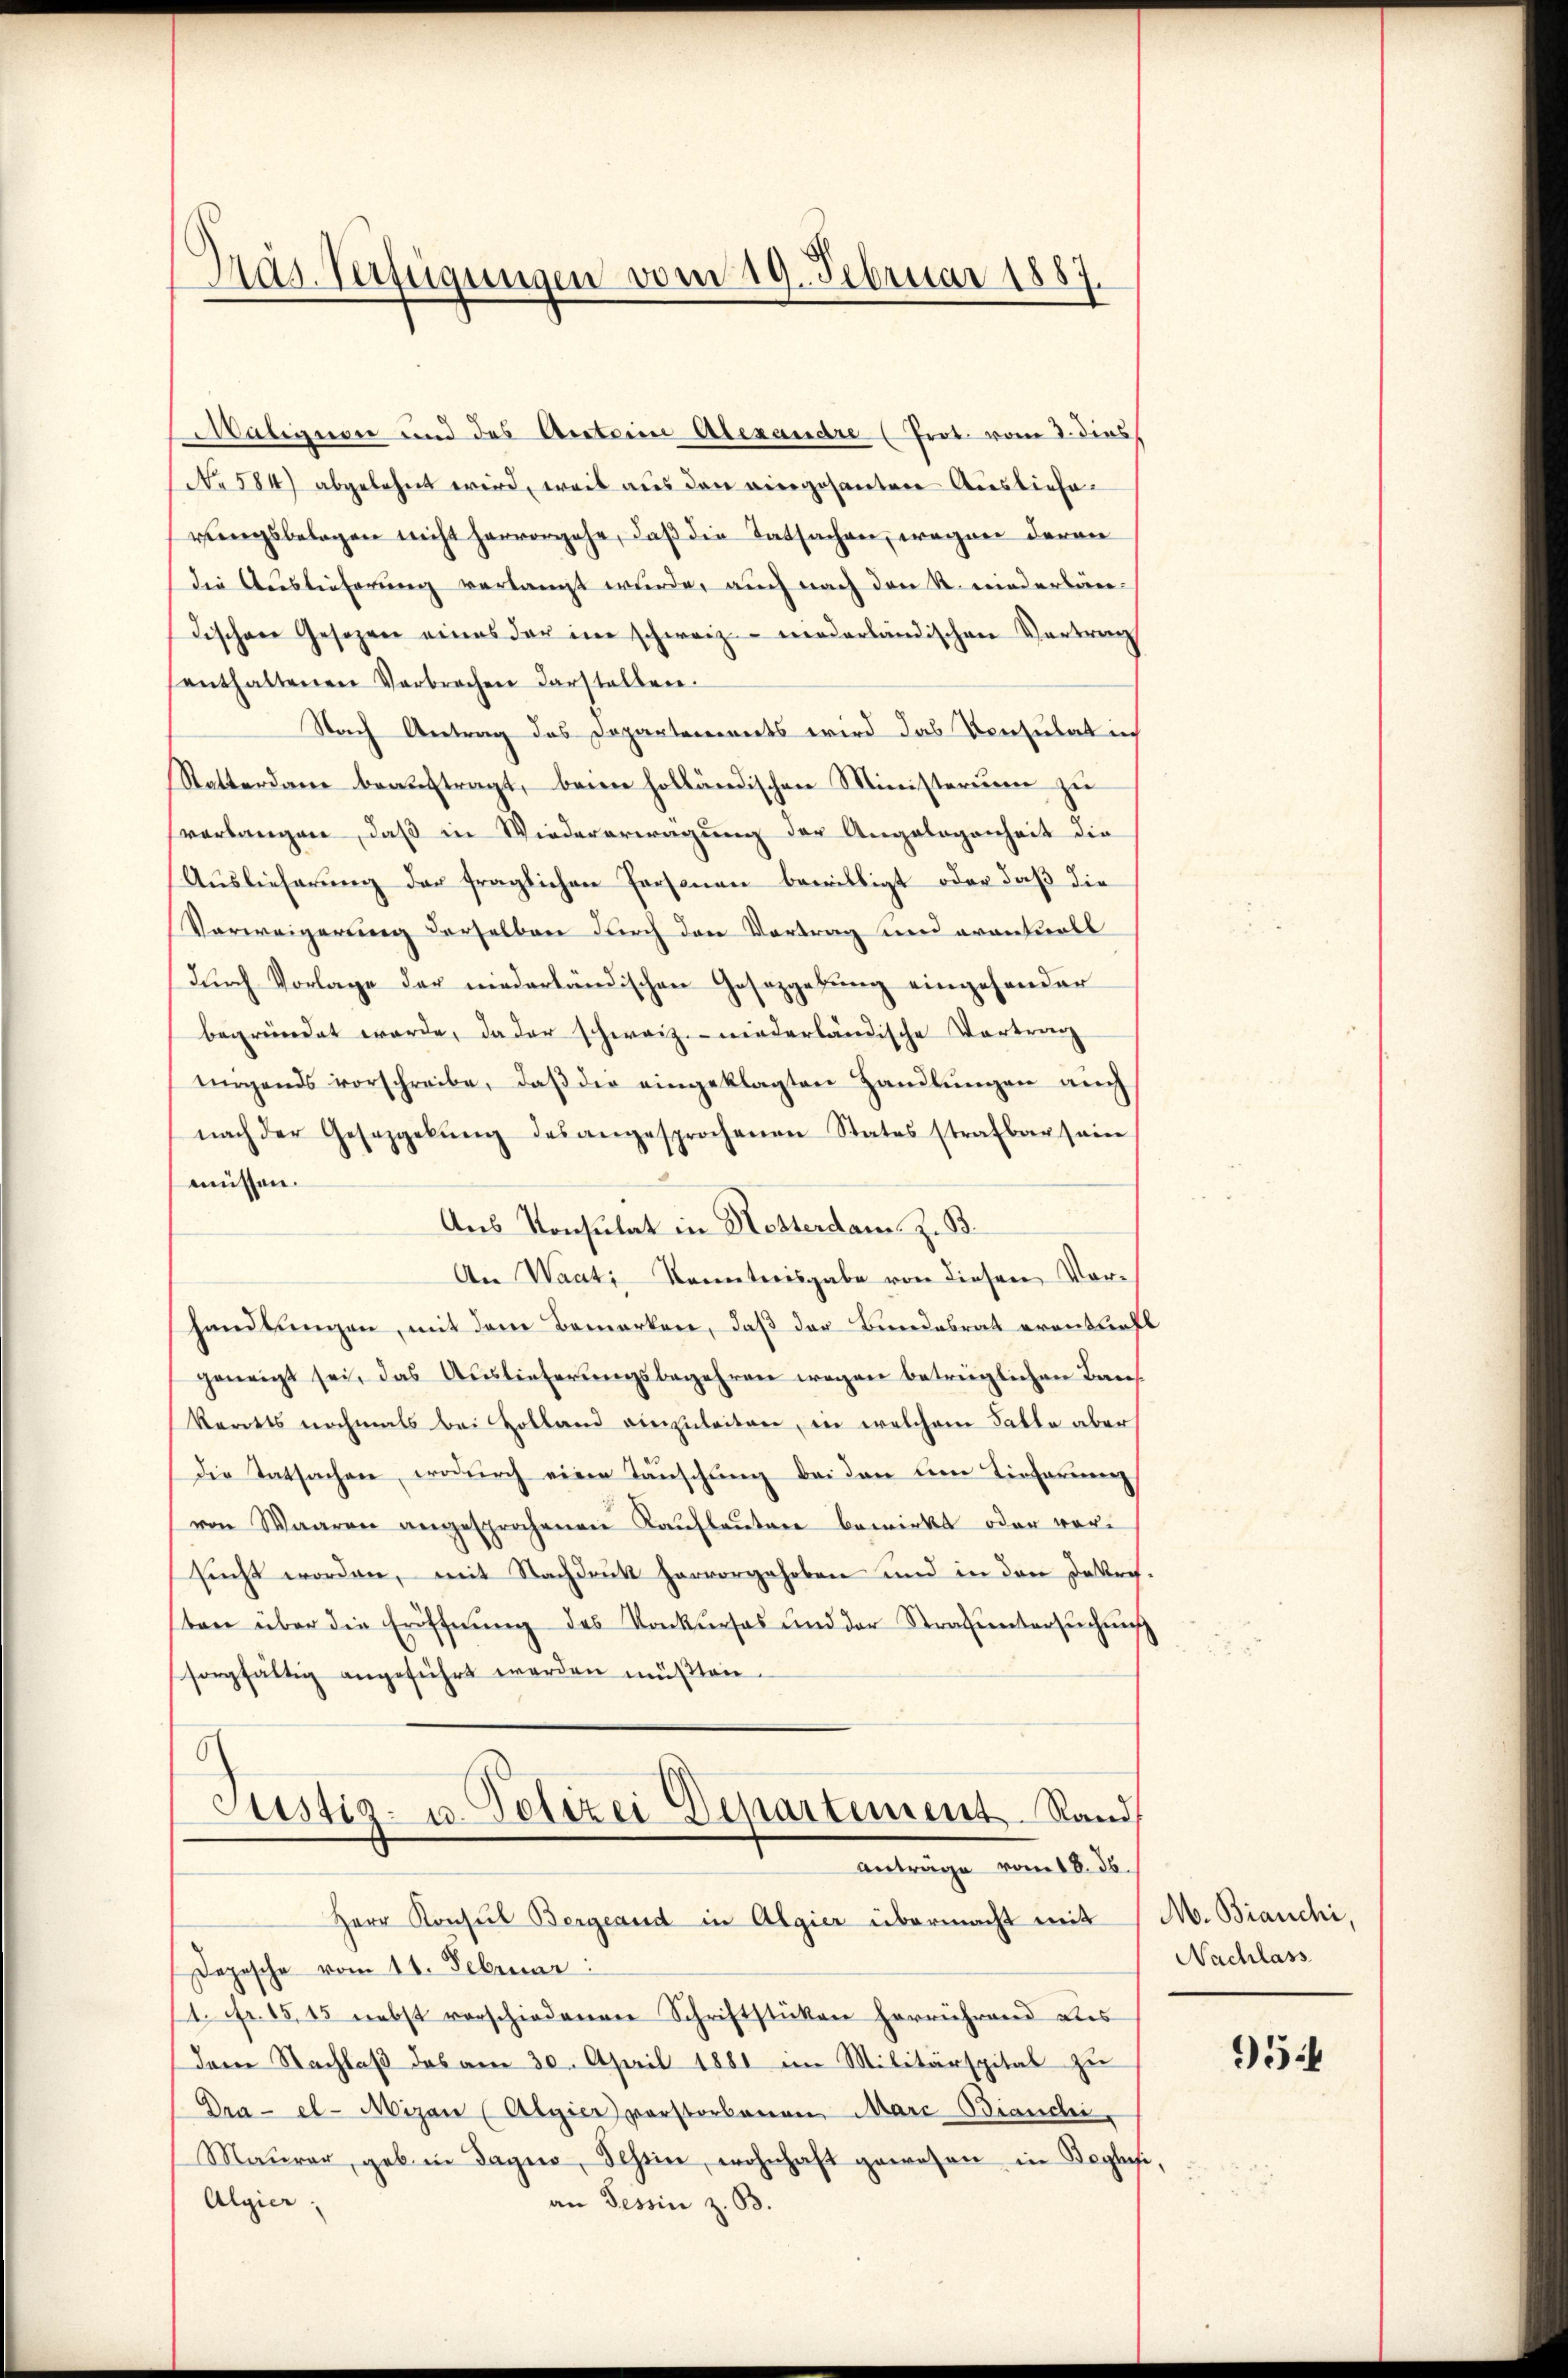
Pras. Verfügungen vom 19. Februar 1887.

Malignen und des Anteine Alexandre (Prot. vom 3. dies
No 584) abgelehnt wird, weil aus den viergesantere Auslieferungsbelagen nicht hervorgehe, daß die Tatsachen, wegen deren
die Auslieferung verlangt wurde, auch nach den R. niederländischen Gesezen eines der in schweiz moderländischen Vertrag
enthaltenen Verbrechen Darstellen.
Nach Antrag des Departements wird das Versulat ich
Ratterdame beauftragt, beim holländischen Ministerium zu
verlangen, daß in Wiedererwägung der Angelegenheit die
Auslieferung der fraglichen Personen bewilligt oder daß die
Verweigerung derselben durch den Vortrag und eventuell
durch Vorlage der niederländischen Gesetzgebung eingehander
begründet werde, da der schweiz. niederländische Vortrag
tirgends vorschreibe, daβ die eingeklagten Handlŭngen auch
nach der Gesezgelŭng des angesprochenen States strafbar seine
müssen.
Aus Konsulat in Notterdam z. B.
An Waati Kenntnisgabe von diesen Vor-
handlungen, mit dem Bemerken, daß der Bundesrat erantlich
geneigt sei, das Auslieferungsbegehren wegen betrüglichen Baukarts nochmals bei Holland einzuleiten, in welchem Falle aber
die Tatsachen, wodurch eine Täuschung bei den um Tieferun
von Waaren angesprochenen Kaufleuten bewirkt oder vori
sŭcht worden, mit Nachdruck hervorgehoben und in den Jahre
sten über die Eröffnŭng des Konkŭrses und der Strafuntersŭchŭng
sorgfältig angeführt werden müßten.
Justiz- u. Polizei Departement. Rand
Antrage vom 18. ds
Herr Konsul Bergeand in Algier übermacht mit
Depesche vom 11. Februar:
11. Fr. 15,45 nebst vorschiedenen Schriftstücken herrührend des
dem Nachlaß das am 30. April 1881 im Militärspital zu
Dra-el-Mijan (Algier verstorbenen Marc Bianchi,
Maŭrer, geb. in dagio, Schein, wohnhaft gewesen in Beglasi
Algier
an Tessin z. B.

M. Branchi,
Nachlass

954